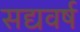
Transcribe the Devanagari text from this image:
सद्यवर्ष